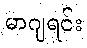
မာဂျရင်း